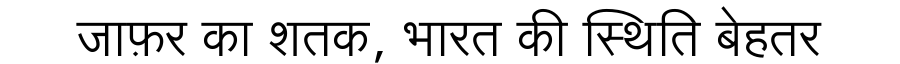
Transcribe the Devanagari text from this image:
जाफ़र का शतक, भारत की स्थिति बेहतर